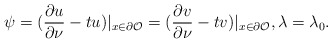
\begin{align*}\psi=(\frac{\partial u}{\partial \nu} - tu)|_{x\in \partial\mathcal O} = (\frac{\partial v}{\partial \nu} - tv)|_{x\in \partial\mathcal O}, \lambda=\lambda_0.\end{align*}